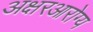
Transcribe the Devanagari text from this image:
अक्षरआरोग्य